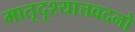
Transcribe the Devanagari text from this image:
मातृदृश्यात्तवदनो